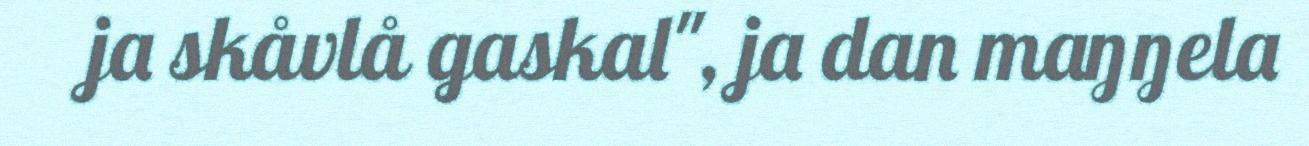
ja skåvlå gaskal", ja dan maŋŋela